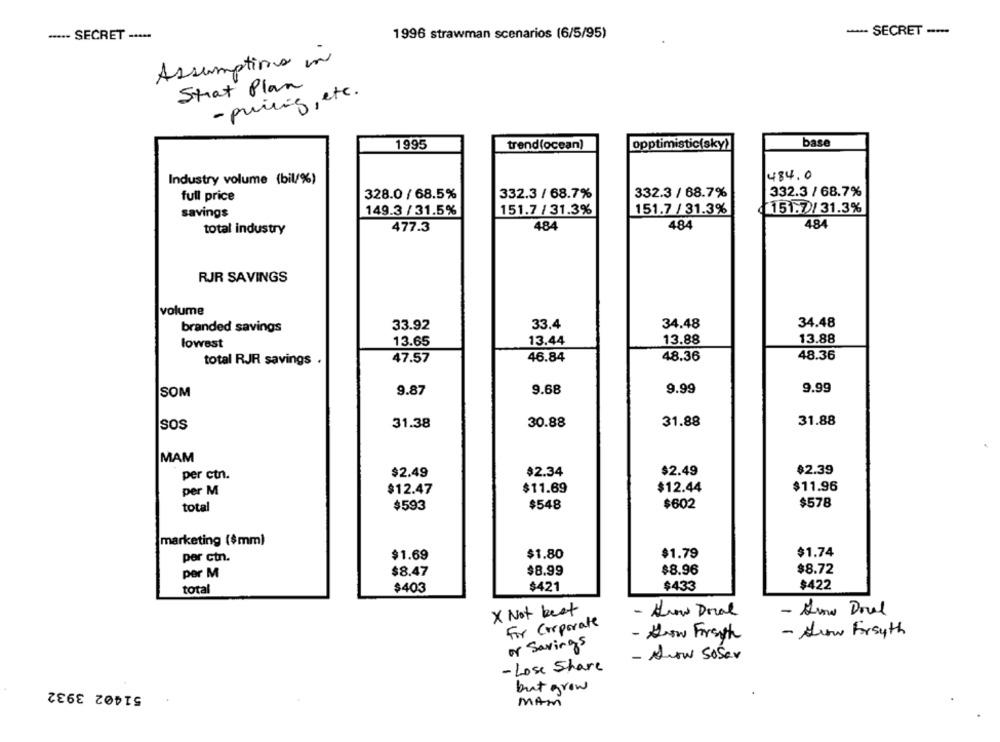
····· SECRET .....
1996 strawman scenarios (6/5/95)
- SECRET --
Assumptions in
Strat Plan
- pricing, etc.
1995
trend(ocean)
opptimistic(sky)
base
484.0
Industry volume (bil/%)
332.3 / 68.7%
332.3 / 68.7%
full price
328.0 / 68.5%
332.3 / 68.7%
savings
149.3 / 31.5%
151.7 / 31.3%
151.7 / 31.3%
(151.7 /31.3%
total industry
477.3
484
484
484
RJR SAVINGS
volume
33.92
33.4
34.48
34.48
branded savings
13.65
13.44
13.88
13.88
lowest
46.84
48.36
48.36
total RJR savings .
47.57
SOM
9.87
9.68
9.99
9.99
31.38
30.88
31.88
31.88
sos
MAM
$2.49
$2.34
$2.49
$2.39
per ctn.
per M
$12.47
$11.69
$12.44
$11.96
$602
$578
total
$593
$548
marketing ($mm)
por cin.
$1.69
$1.80
$1.79
$1.74
$8.47
$8.99
$8.96
$8.72
per M
$421
$433
$422
total
$403
X Not beat
- Arow Doral
- Know Doul
For Corporate
- How First
- Arow Forsyth
or Savings
- Arow SoSer
- Lose Share
51402 3932
but grow
MAM